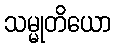
သမ္မုတိယော